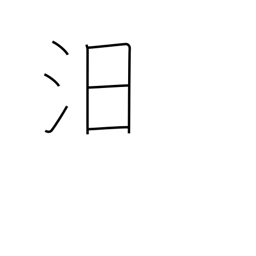
Meaning: to sink